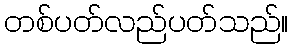
တစ်ပတ်လည်ပတ်သည်။